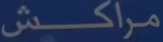
مراكش